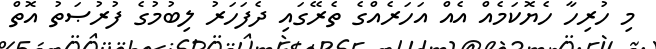
މި ހުރިހާ ހެޔޮކަމެއް އެއް އަހަރެއްގެ ތެރޭގައި ދެފަހަރު ލިބުމުގެ ފުރުޞަތު އޮތް